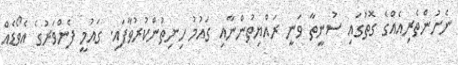
ނެށުންތެރިއެއްގެ ގޮތުގައި ސުނީތާ ވަނީ ރައްޔިތުންނާއި ގައުމު ހިނިތުންކުރުވާފައި. ގައުމީ ފެންވަރުގެ އެވޯޑެއް